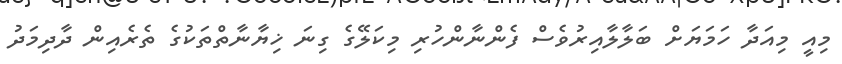
މިއީ މިއަދާ ހަމަޔަށް ބަލާލާއިރުވެސް ފެންނާންހުރި މިކަލޭގެ ގިނަ ޚިޔާނާތްތަކުގެ ތެރެއިން ދާދިމަދު